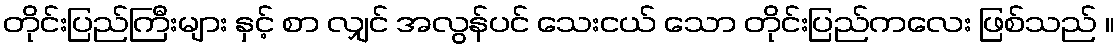
တိုင်းပြည်ကြီးများ နှင့် စာ လျှင် အလွန်ပင် သေးငယ် သော တိုင်းပြည်ကလေး ဖြစ်သည် ။